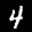
Label: 4